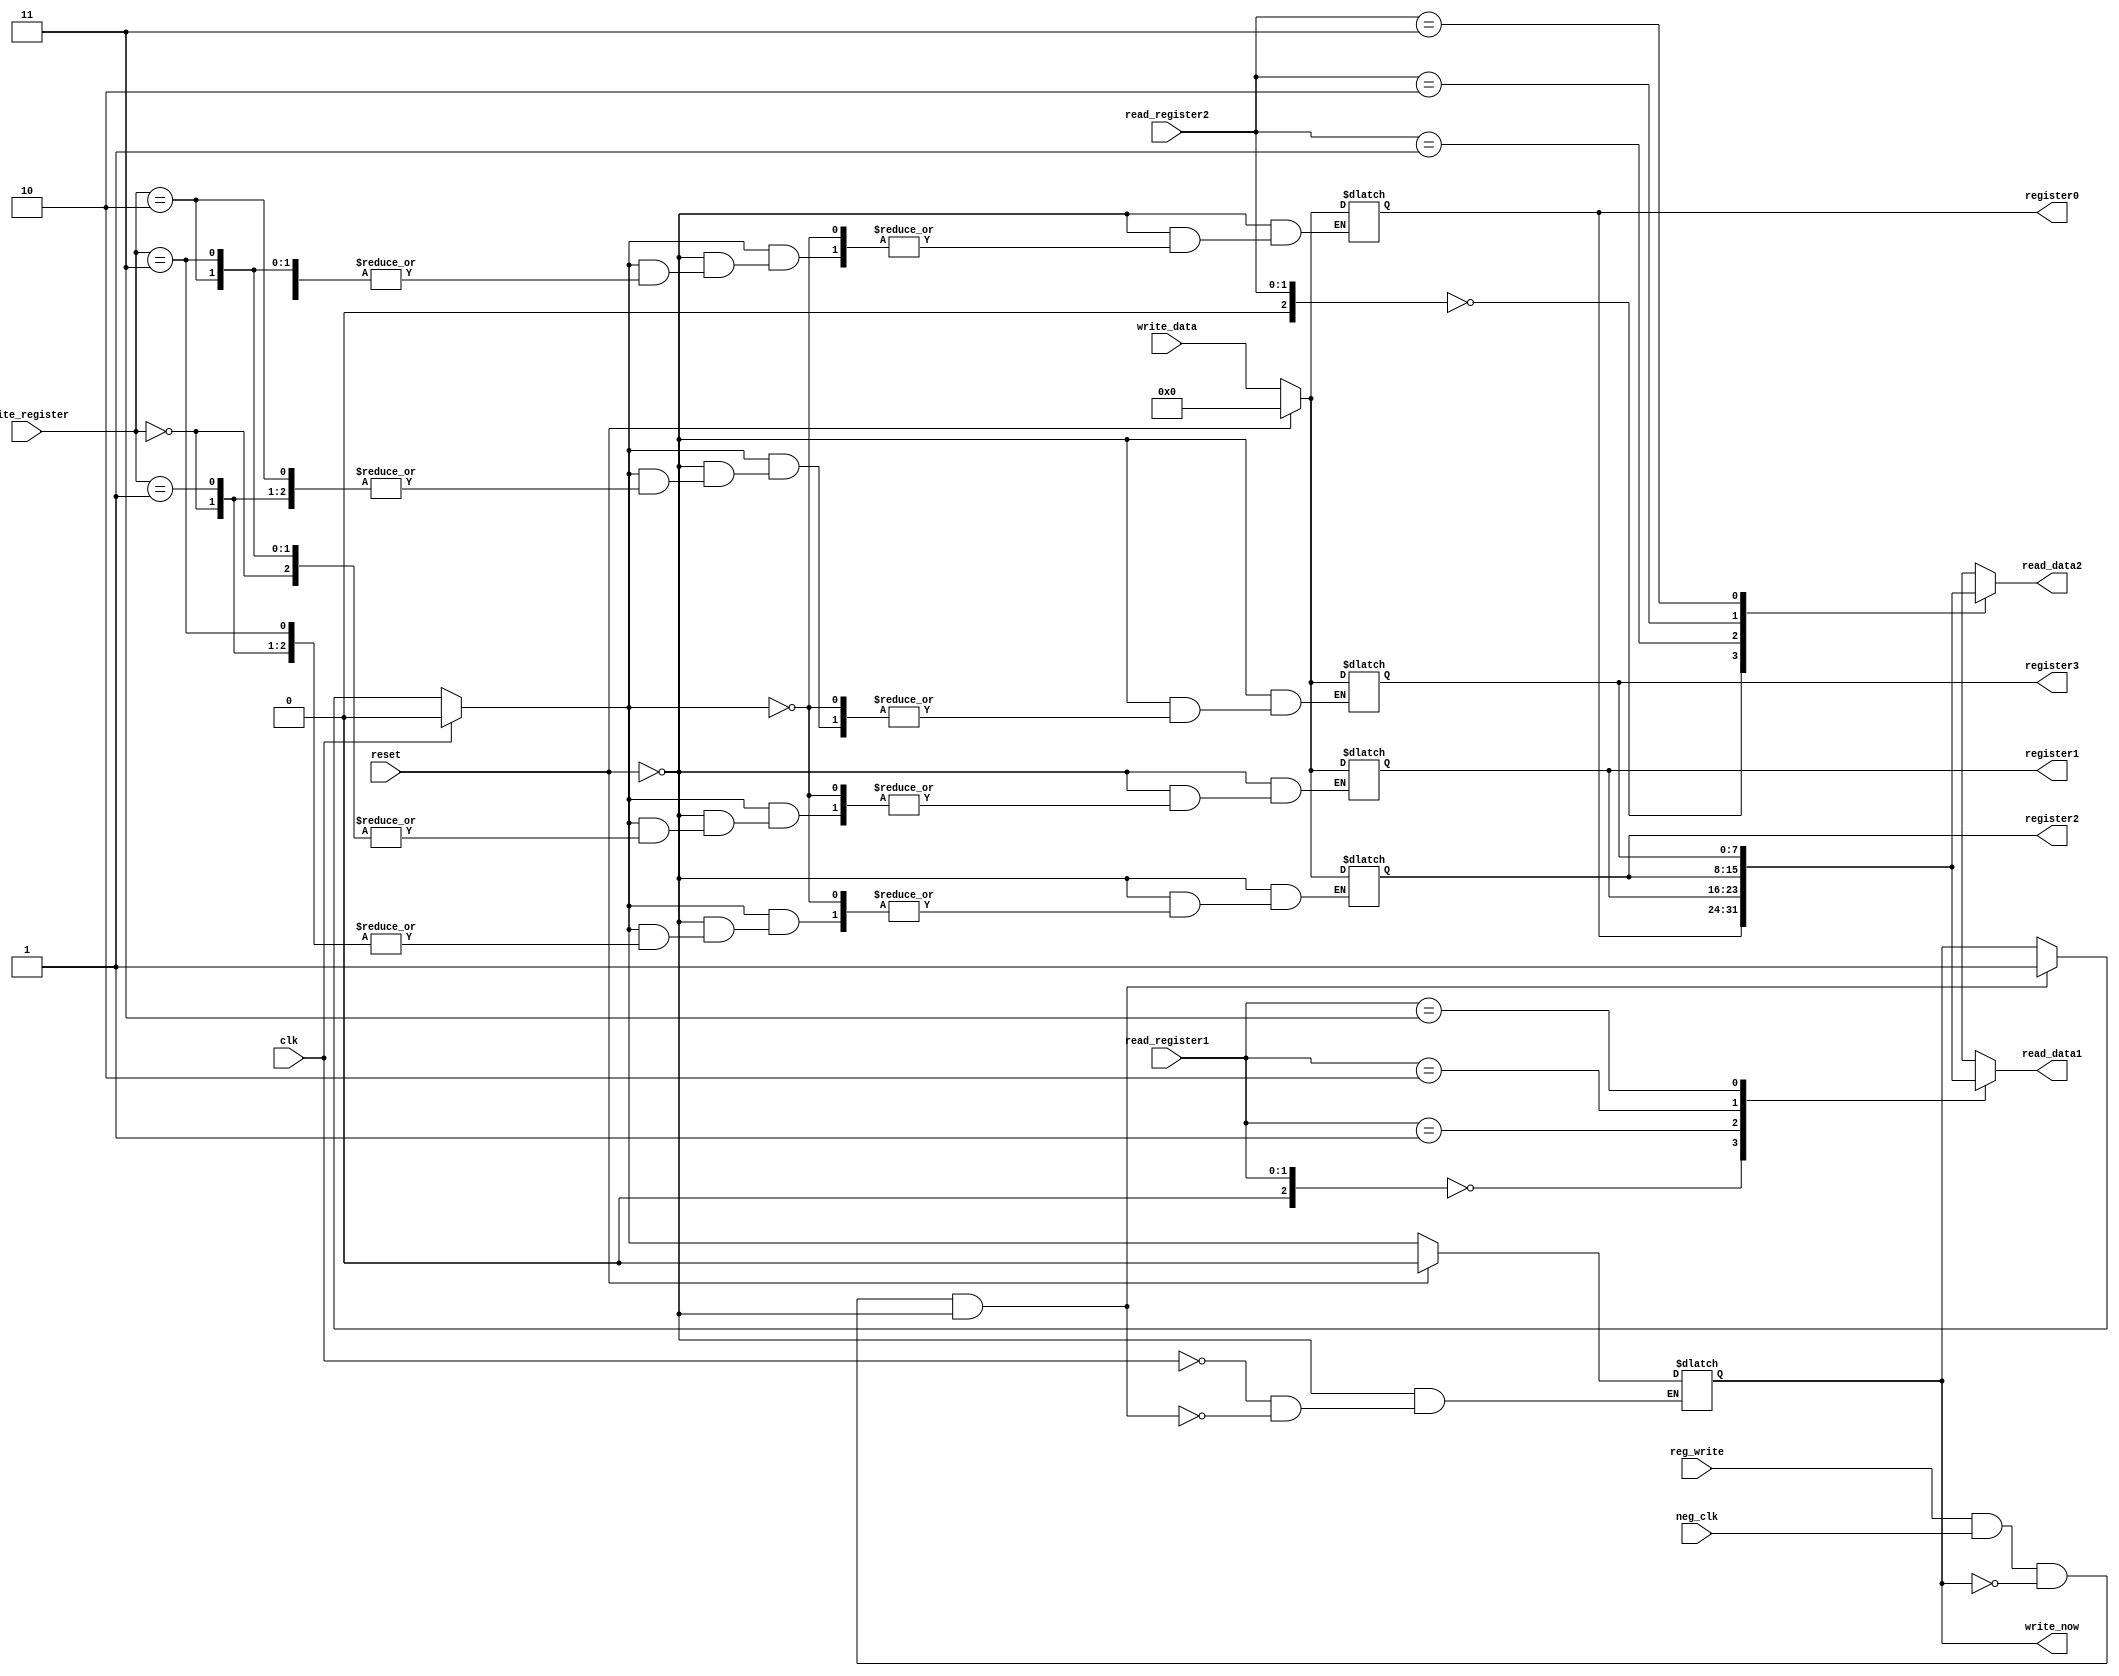
`timescale 1ns / 1ps
//////////////////////////////////////////////////////////////////////////////////
// Company: 
// Engineer: 
// 
// Design Name: 
// Module Name:    register_always_combine2 
// Project Name: 
// Target Devices: 
// Tool versions: 
// Description: 
//
// Dependencies: 
//
// Revision: 
// Revision 0.01 - File Created
// Additional Comments: 
//
//////////////////////////////////////////////////////////////////////////////////
module register_always_combine2(
   input clk,
	input neg_clk,
   input reset,
   input [1:0] read_register1,
   input [1:0] read_register2,
   input [1:0] write_register,
   input reg_write,
   input [7:0] write_data,
   output [7:0] read_data1,
   output [7:0] read_data2,
   output [7:0] register0,
   output [7:0] register1,
   output [7:0] register2,
   output [7:0] register3,
   output write_now
    );
    
   reg [7:0] register[4:0];
   integer i;
   reg write_en;
   
   assign write_now = write_en;
   
   initial begin
      for (i = 0; i < 4; i = i+1) register[i] = 8'b0;
   end
   
   always@(*) begin //write_register, write_data, clk, reset
      if (reg_write && neg_clk && ~write_en && ~reset) write_en = 1;
      if (clk) write_en = 0;
      if (reset==1) begin
         write_en = 0;
         for (i = 0; i < 4; i = i+1) register[i] = 8'b0;
      end
      else if (write_en ==1)begin
         register[write_register] = write_data;
      end
   end
   
   /*always @(posedge write_en) begin
      register[write_register] = write_data;
   end*/
   
   /*always @(posedge clk)
   begin
      write_en = 0;
   end*/
   
   assign read_data1 = register[read_register1];
   assign read_data2 = register[read_register2];
   assign register0 = register[0];
   assign register1 = register[1];
   assign register2 = register[2];
   assign register3 = register[3];
   
endmodule